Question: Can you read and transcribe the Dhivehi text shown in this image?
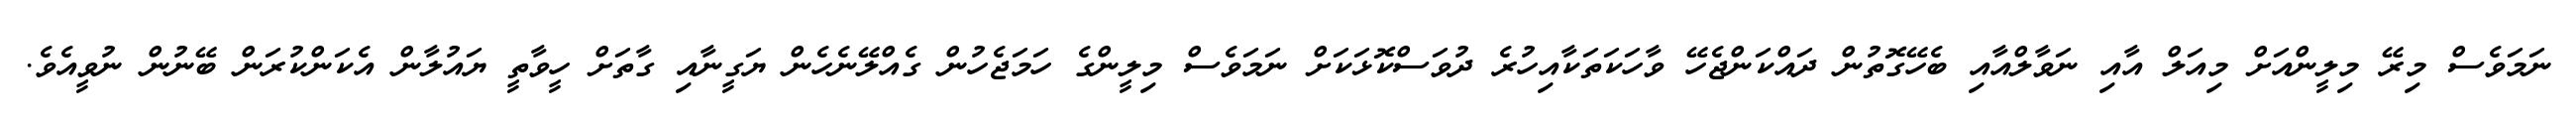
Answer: ނަމަވެސް މިރޭ މިލީންއަށް މިއަލް އާއި ނަވާލްއާއި ބެހޭގޮތުން ދައްކަންޖެހޭ ވާހަކަތަކާއިހުރެ ދުވަސްކޮޅަކަށް ނަމަވެސް މިލީންގެ ހަމަޖެހުން ގެއްލޭނެހެން ޔަގީނާއި ގާތަށް ހީވާތީ ޔައުލާން އެކަންކުރަން ބޭނުން ނުވީއެވެ.